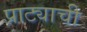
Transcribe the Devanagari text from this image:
प्राट्याची